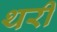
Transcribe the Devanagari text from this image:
थरी